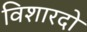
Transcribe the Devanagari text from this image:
विशारदो